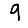
Digit: 9